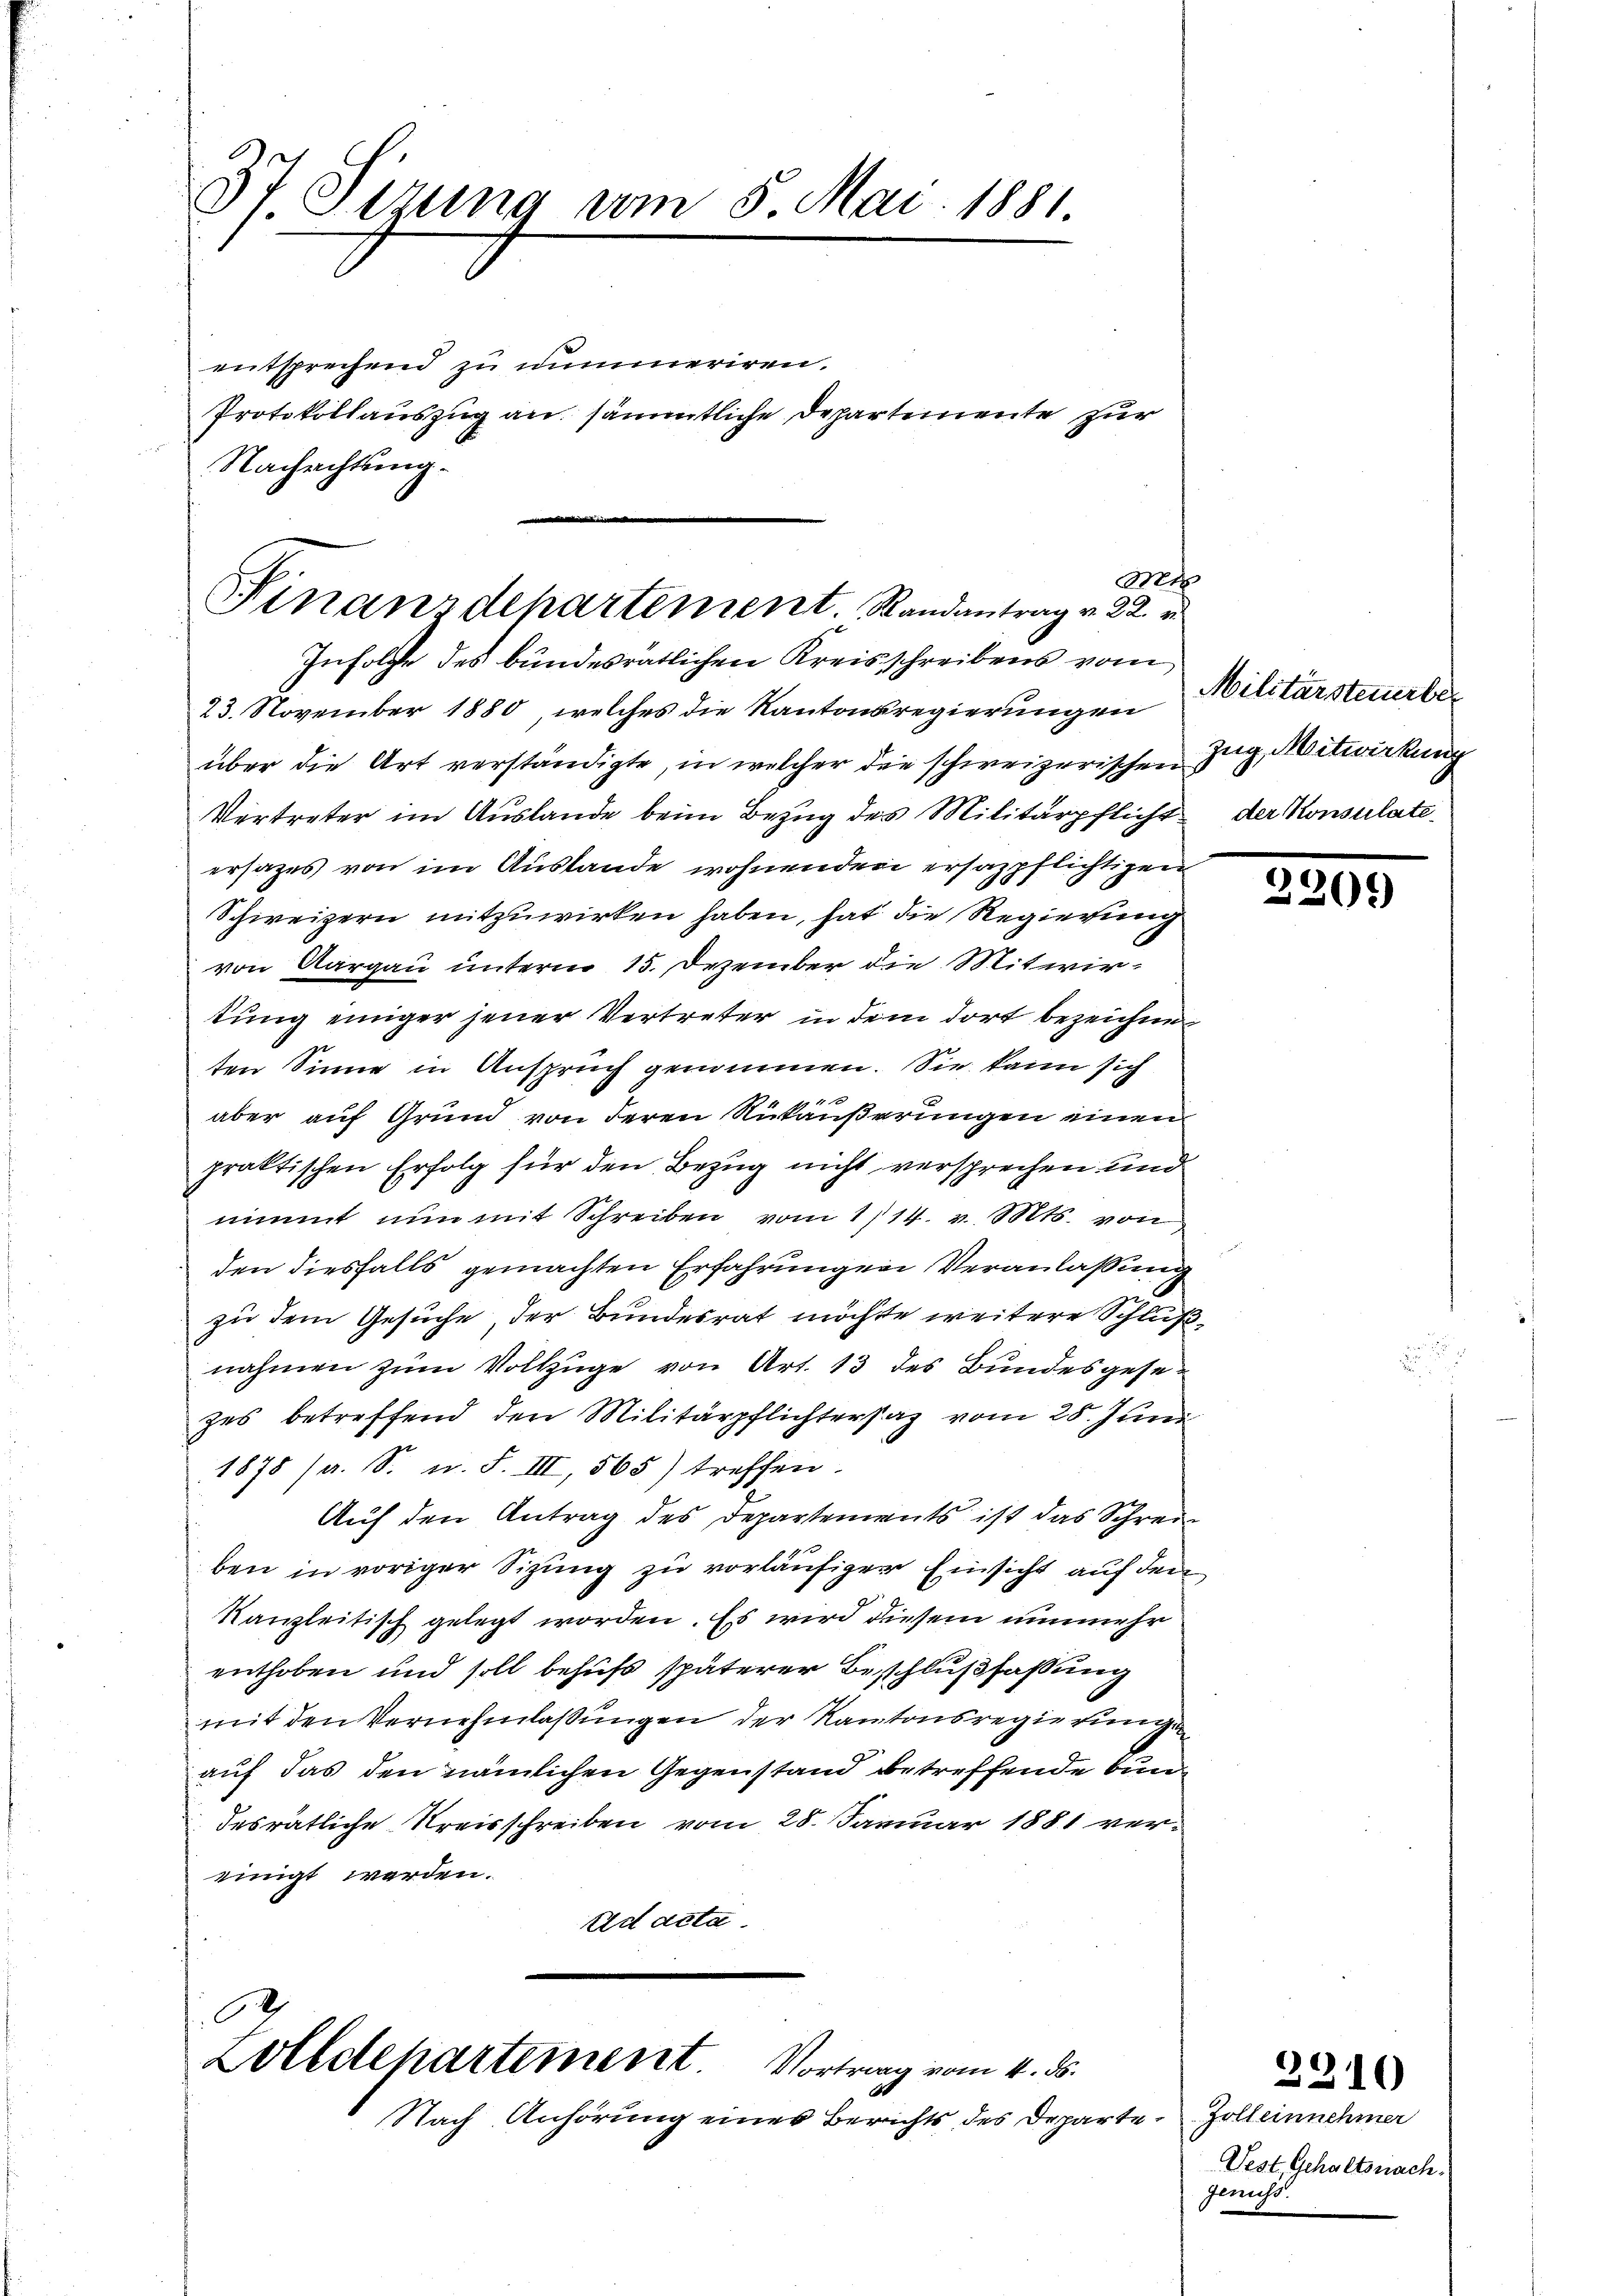
37. Sizung vom 5. Mai. 1881
entsprechend zu nummeriren.
Protokollauszug an sämmtliche Departemente zur
Nachrichtung.

Finanzdepartement. Randantrag v. 22.
Infolgte des bundesrätlichen Kreisschreibens vom

23. November 1880, welches die Kantonsregierungen Militärsteuerber
über die Art verständigte, in welcher die schweizerischen Zug, Mitwirkung
Vertreter im Auslande beim Bezug des Militärpflicht der Konsulateersatzes von im Auslande wohnenden ersazpflichtigen
Schweizern mitzuwirken haben, hat die Regierung
von Aargau unterm 15. Dezember die Mitwirkung einiger jener Vertreter in dem dort bezeichneten Sinne in Anspruch genommen. Sie kann sich
1
aber auf Grund von deren Nickäußerungen einen
praktischen Erfolg für den Bezug nicht versprechen und
nimmt nun mit Schreiben vom 1114. v. Mts. von
den diesfalls gemachten Erfahrungen Veranlaßung
zu dem Gesuche, der Bundesrat möchte weitere Schlußnahmen zum Vollzüge von Art. 13 des Bundesgesezes betreffend den Militärpflichterstag vom 25. Juni
1878 (a. S. u. F. III, 565) treffen.
Auf den Antrag des Departements ist das Schrei
ben in voriger Sizung zu vorläufiger Einsicht auf den
Kanzleitisch gelegt worden. Es wird diesem nunmehr
enthoben und soll behufs späterer Beschlußfassung
mit den Vernehmlassungen der Kantonsregierungen
auf das den nämlichen Gegenstand betreffende Bundesrätliche Kreisschreiben vom 28. Januar 1881 vereinigt werden.
Ed acta

B
Zolldepartement. Vortrag vom 4. ds.
Nach Anhörung eines Berichts des Departe

M

2209

2310

Zoll einnehmer
Vest. Gehaltsnach
genuss.